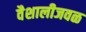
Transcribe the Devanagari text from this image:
वैशालीजवळ